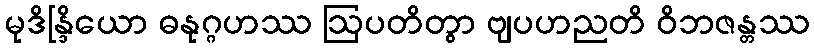
မုဒိန္ဒြိယော ဓနုဂ္ဂဟဿ ဩပတိတွာ ဗျပဟညတိ ဝိဘဇန္တဿ